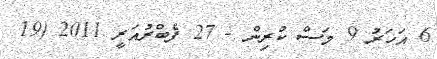
6 އަހަރު 9 މަސް ކުރިން - 27 ފެބްރުއަރީ 2011 (19